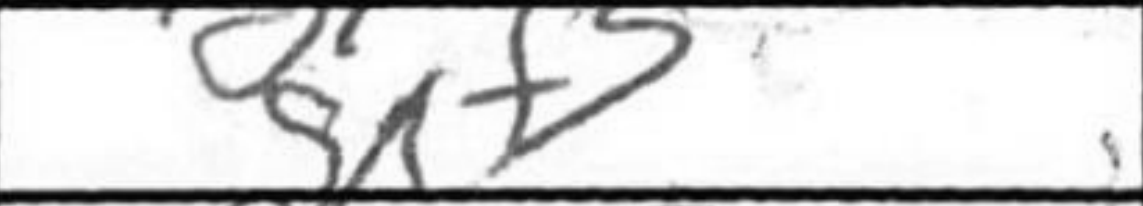
Transcription: gxf3